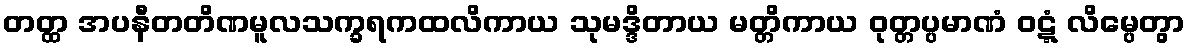
တတ္ထ အပနီတတိဏမူလသက္ခရကထလိကာယ သုမဒ္ဒိတာယ မတ္တိကာယ ဝုတ္တပ္ပမာဏံ ဝဋ္ဋံ လိမ္ပေတွာ